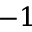
- 1